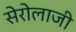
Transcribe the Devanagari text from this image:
सेरोलाजी